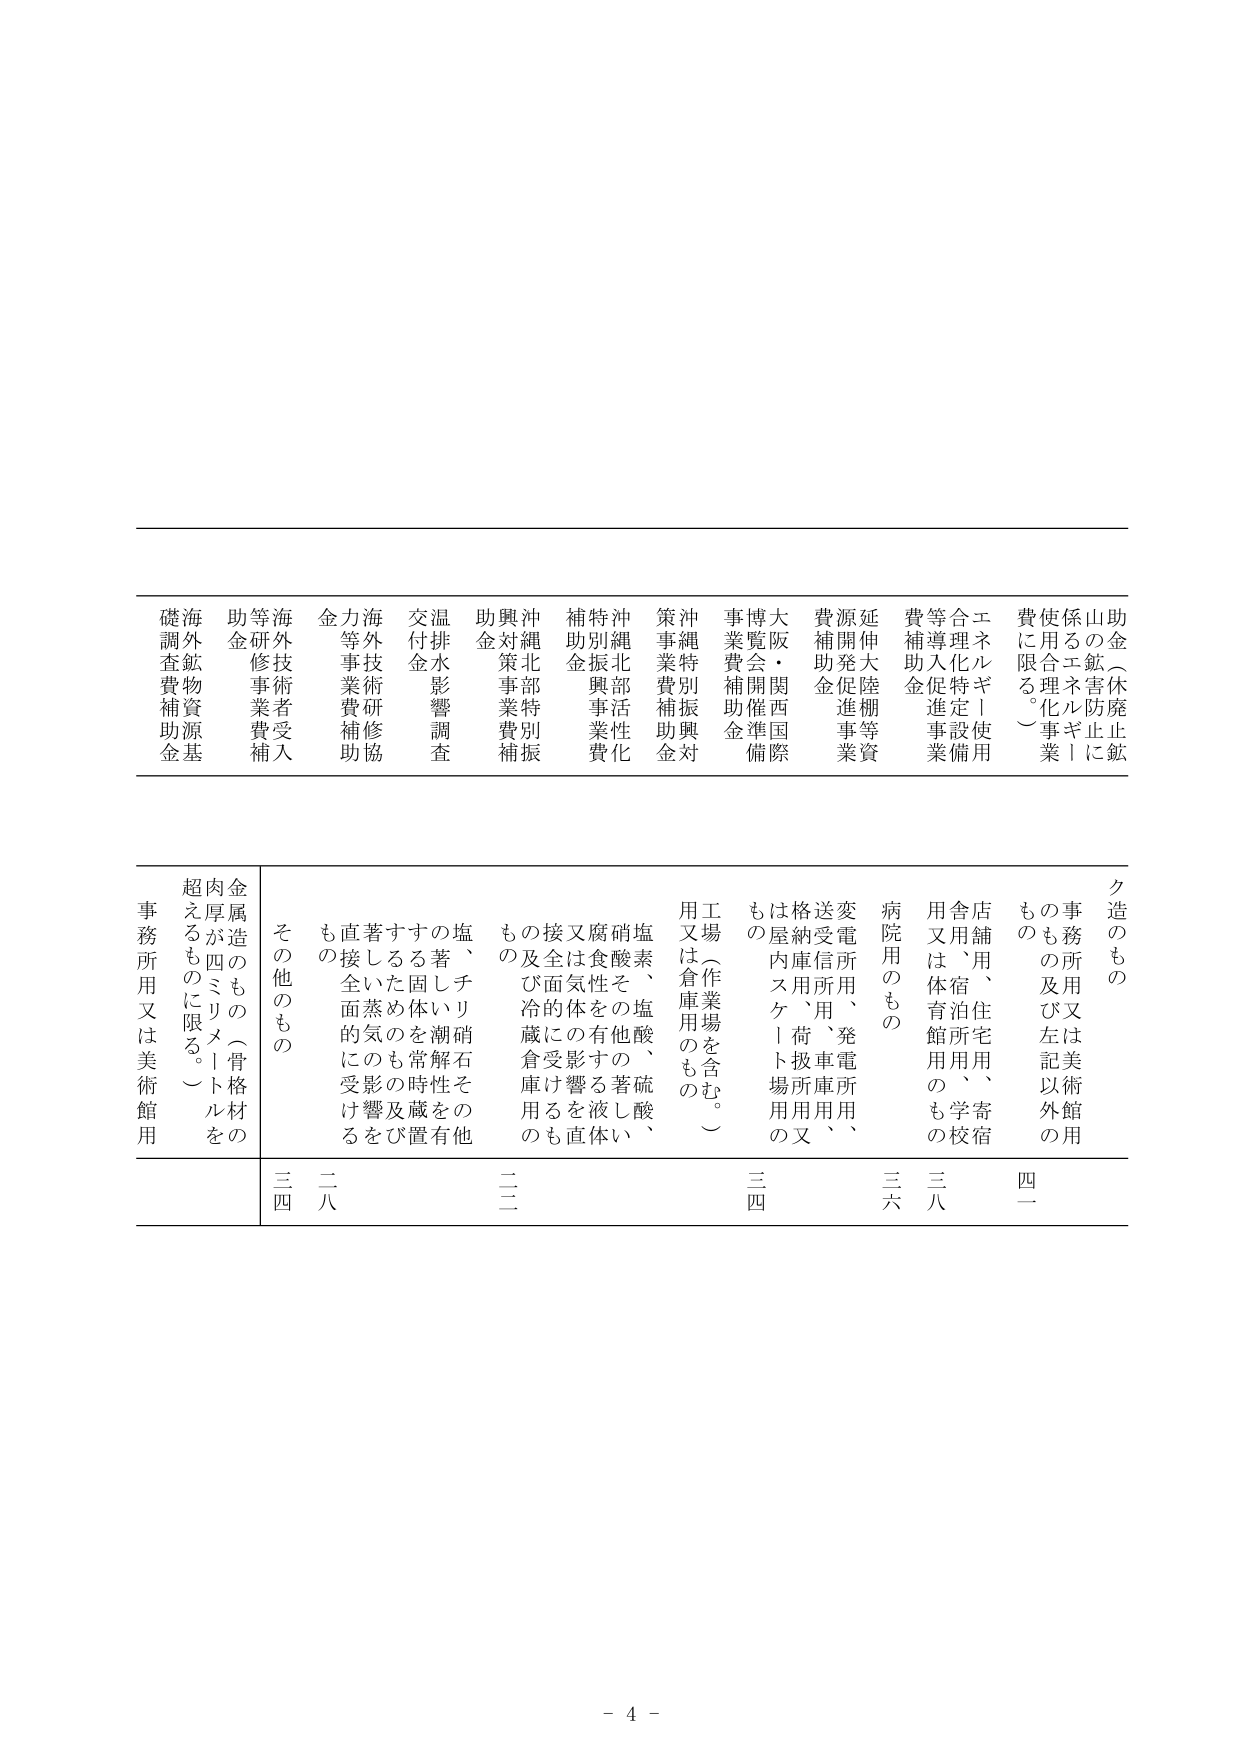
助金（休廃止に鉱
山の鉱害防止
係るエネルギー事業
使用に限る。）
エネルギー使用
合理化特定設備用
等導入促進事業
費補助金
延伸大陸等資
源開発促進事業
費補助金
大阪関西国際
博覧会開催準備
事業費補助金
沖縄特別振興対
策事業費補助金
沖縄北部活性化
特別振興事業費
補助金
沖縄北部特別
振興対策事業費
補助金
温排水影響調査
交付金
海外技術研修協
力等事業費補助
金
海外技術者受入
等研修事業費補
助金
海鉱物資源基
礎調査費補助金

ク造のもの
事務所又は美術館用
ものも及び左記以外の
店舗、住宅用、寄宿
舎用は、泊所用、学
用又は体育館用のもの
病院用のもの
変電所用、発電所用、
送電所用、車庫用、
格納庫用、荷扱場用の
又は屋内スケート場用
の
工場（作業場を含む。）
用又は倉庫用のもの
塩素、塩酸、硫酸、
硝酸その他著しい
腐食性を有する液体
又は気体の影響を直
接又は間接的に受ける
もの及び冷蔵倉庫用
のもの
塩、チリ硝石その他
著るしい潮解性を有
する固体を常時貯蔵
するもの及び置き
著しい蒸気の影響を
直接受けるもの
金属造のもの（骨格材の
肉厚が四ミリメートルを
超えるものに限る。）
その他のもの
事務所用又は美術館用

三八
二八
三六
三八
四二
三六
三二
二二
三四